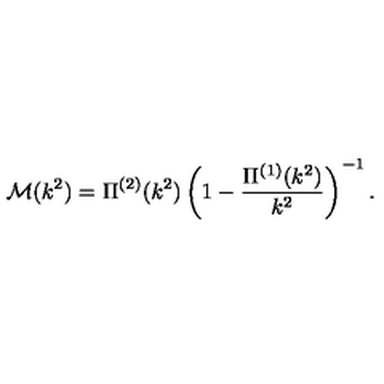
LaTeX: \mathcal { M } ( k ^ { 2 } ) = \Pi ^ { ( 2 ) } ( k ^ { 2 } ) \left( 1 - \frac { \Pi ^ { ( 1 ) } ( k ^ { 2 } ) } { k ^ { 2 } } \right) ^ { - 1 } .